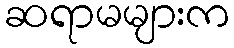
ဆရာမများက